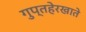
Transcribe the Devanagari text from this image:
गुप्तहेरखाते